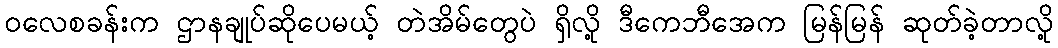
ဝလေစခန်းက ဌာနချုပ်ဆိုပေမယ့် တဲအိမ်တွေပဲ ရှိလို့ ဒီကေဘီအေက မြန်မြန် ဆုတ်ခဲ့တာလို့